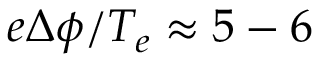
e \Delta \phi / T _ { e } \approx 5 - 6